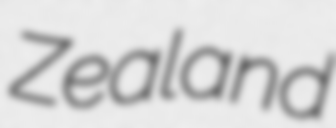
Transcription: Zealand